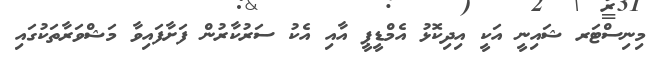
މިނިސްޓަރ ޝައިނީ އަކީ އިދިކޮޅު އެމްޑީޕީ އާއި އެކު ސަރުކާރުން ފަށާފައިވާ މަޝްވަރާތަކުގައި